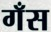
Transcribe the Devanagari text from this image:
गँस